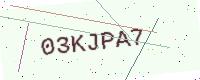
Text: 03KJPA7